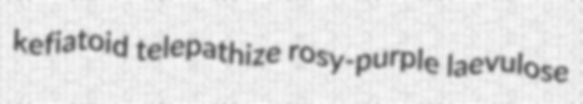
kefiatoid telepathize rosy-purple laevulose